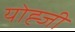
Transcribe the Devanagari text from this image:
योह्जी